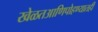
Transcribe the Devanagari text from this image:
खेळतआणिपोहण्यातही